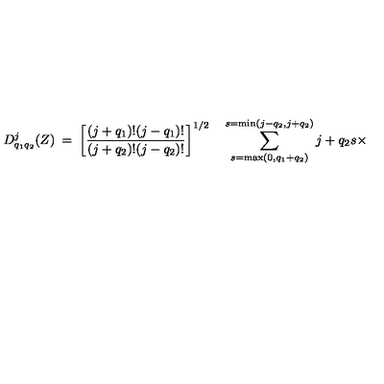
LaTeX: D _ { q _ { 1 } q _ { 2 } } ^ { j } ( Z ) \: = \: \left[ \frac { ( j + q _ { 1 } ) ! ( j - q _ { 1 } ) ! } { ( j + q _ { 2 } ) ! ( j - q _ { 2 } ) ! } \right] ^ { 1 / 2 } \quad \sum _ { s = \max ( 0 , q _ { 1 } + q _ { 2 } ) } ^ { s = \min ( j - q _ { 2 } , j + q _ { 2 } ) } { \binom { j + q _ { 2 } } { s } } \times